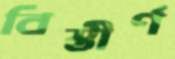
বিস্তীর্ণ